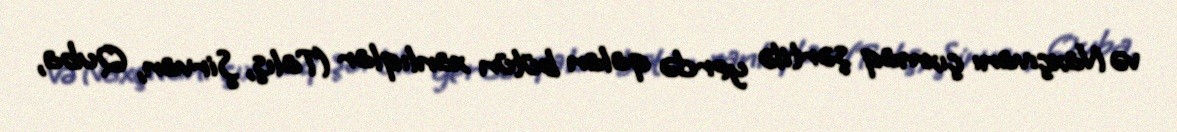
və Naxçıvanı çıxmaq şərtilə yerdə qalan bütün xanlıqlar (Talış, Şirvan, Quba,